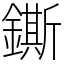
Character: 鐁